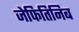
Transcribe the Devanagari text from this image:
जेफितिनिब